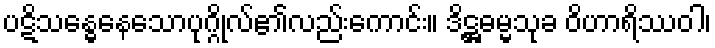
ပဋိသန္ဓေနေသောပုဂ္ဂိုလ်၏လည်းကောင်း။ ဒိဋ္ဌဓမ္မသုခ ဝိဟာရိဿဝါ၊